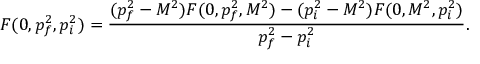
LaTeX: F ( 0 , p _ { f } ^ { 2 } , p _ { i } ^ { 2 } ) = \frac { ( p _ { f } ^ { 2 } - M ^ { 2 } ) F ( 0 , p _ { f } ^ { 2 } , M ^ { 2 } ) - ( p _ { i } ^ { 2 } - M ^ { 2 } ) F ( 0 , M ^ { 2 } , p _ { i } ^ { 2 } ) } { p _ { f } ^ { 2 } - p _ { i } ^ { 2 } } .